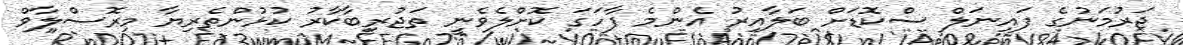
ޖަރުމަނުގެ ފައިނަލް ސްކޮޑަށް ބަލާއިރު އެންމެ ފާހަގަ ކޮށްލެވެނީ ތަޖުރިބާކާރު ކުޅުންތެރިޔާ މިރޮސްލާވް